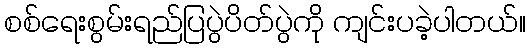
စစ်ရေးစွမ်းရည်ပြပွဲပိတ်ပွဲကို ကျင်းပခဲ့ပါတယ်။